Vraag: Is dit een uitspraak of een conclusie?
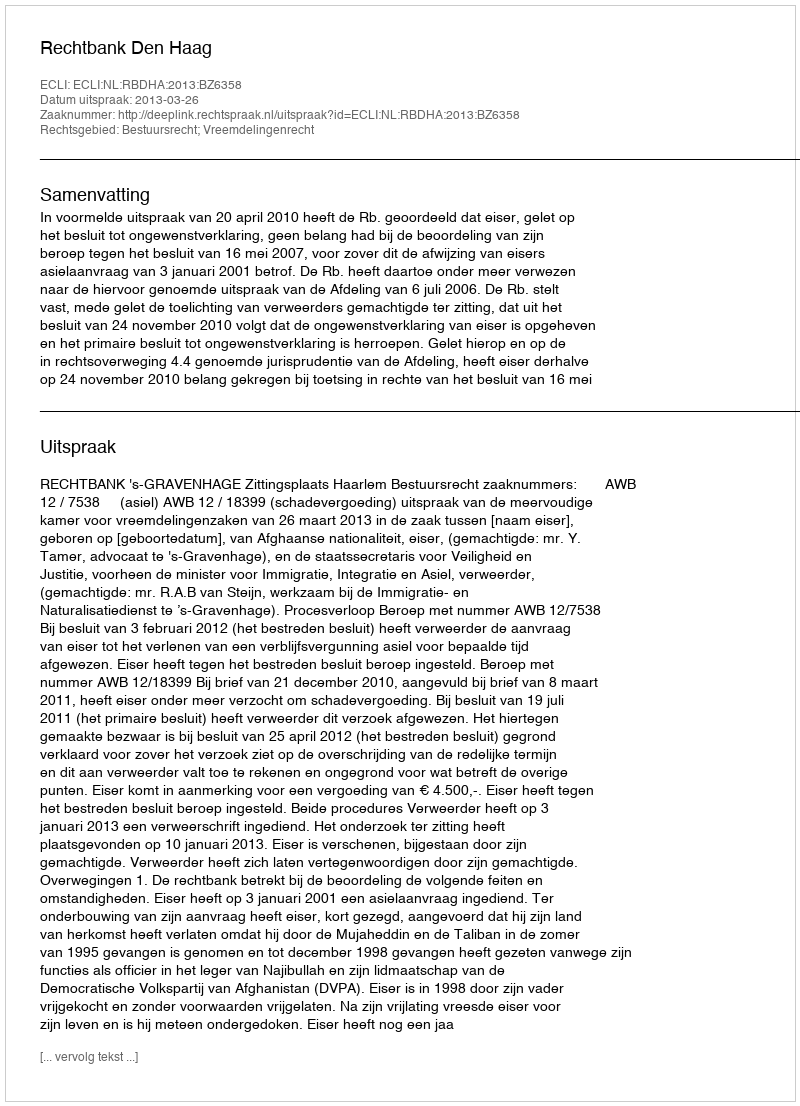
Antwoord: Uitspraak